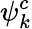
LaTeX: \psi_{k}^{c}